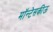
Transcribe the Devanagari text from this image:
मॉन्टेसकीऊ